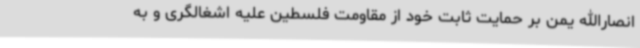
انصارالله یمن بر حمایت ثابت خود از مقاومت فلسطین علیه اشغالگری و به